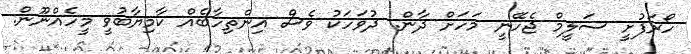
ހޯރަފުށީ ސަލީމް ޖެހޭނީ މަހަށް ދާން. ދުވަހަކު ވެސް އިންތިހާބެއް ކާމިޔާބުވީ މީހެއްނޫން.